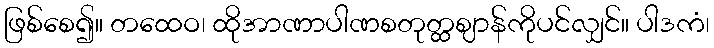
ဖြစ်စေ၍။ တထေဝ၊ ထိုအာဏာပါဏစတုတ္ထဈာန်ကိုပင်လျှင်။ ပါဒကံ၊